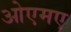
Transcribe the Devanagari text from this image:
ओएमए